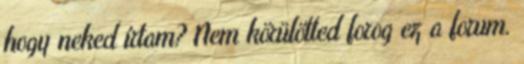
hogy neked írtam? Nem körülötted forog ez a forum.